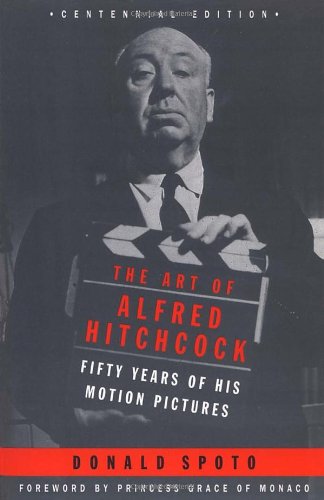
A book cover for The Art of Alfred Hitchcock: Fifty Years of His Motion Pictures; Donald Spoto; Humor & Entertainment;